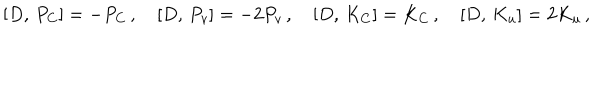
LaTeX: { } [ D , \, P _ { C } ] = - P _ { C } \, , \quad { } [ D , \, P _ { v } ] = - 2 P _ { v } \, , \quad { } [ D , \, K _ { C } ] = K _ { C } \, , \quad { } [ D , \, K _ { u } ] = 2 K _ { u } \, ,